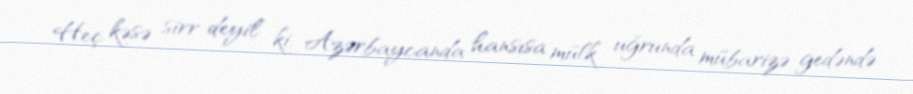
Heç kəsə sirr deyil ki, Azərbaycanda hansısa mülk uğrunda mübarizə gedəndə